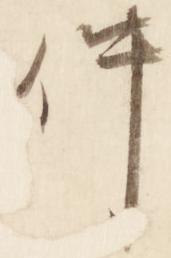
件